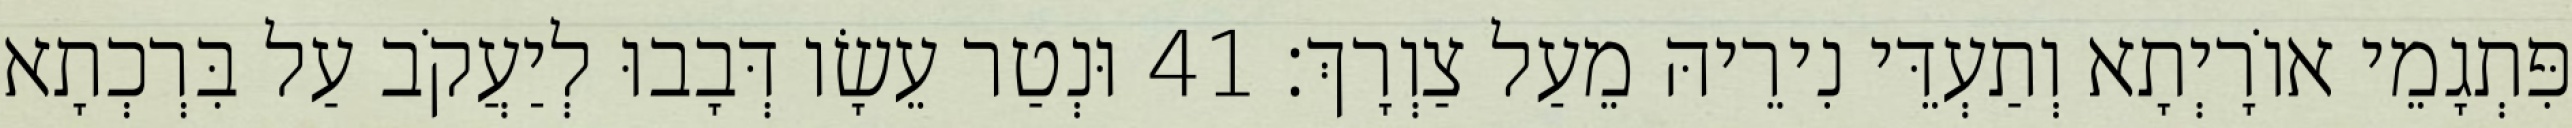
פִּתְגָמֵי אוֹרָיְתָא וְתַעְדֵּי נִירֵיהּ מֵעַל צַוְרָךְ׃ 41 וּנְטַר עֵשָׂו דְּבָבוּ לְיַעֲקֹב עַל בִּרְכְתָא